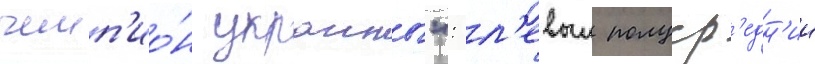
чемп'ио́н украины": л'евыи полуср'едн'ии